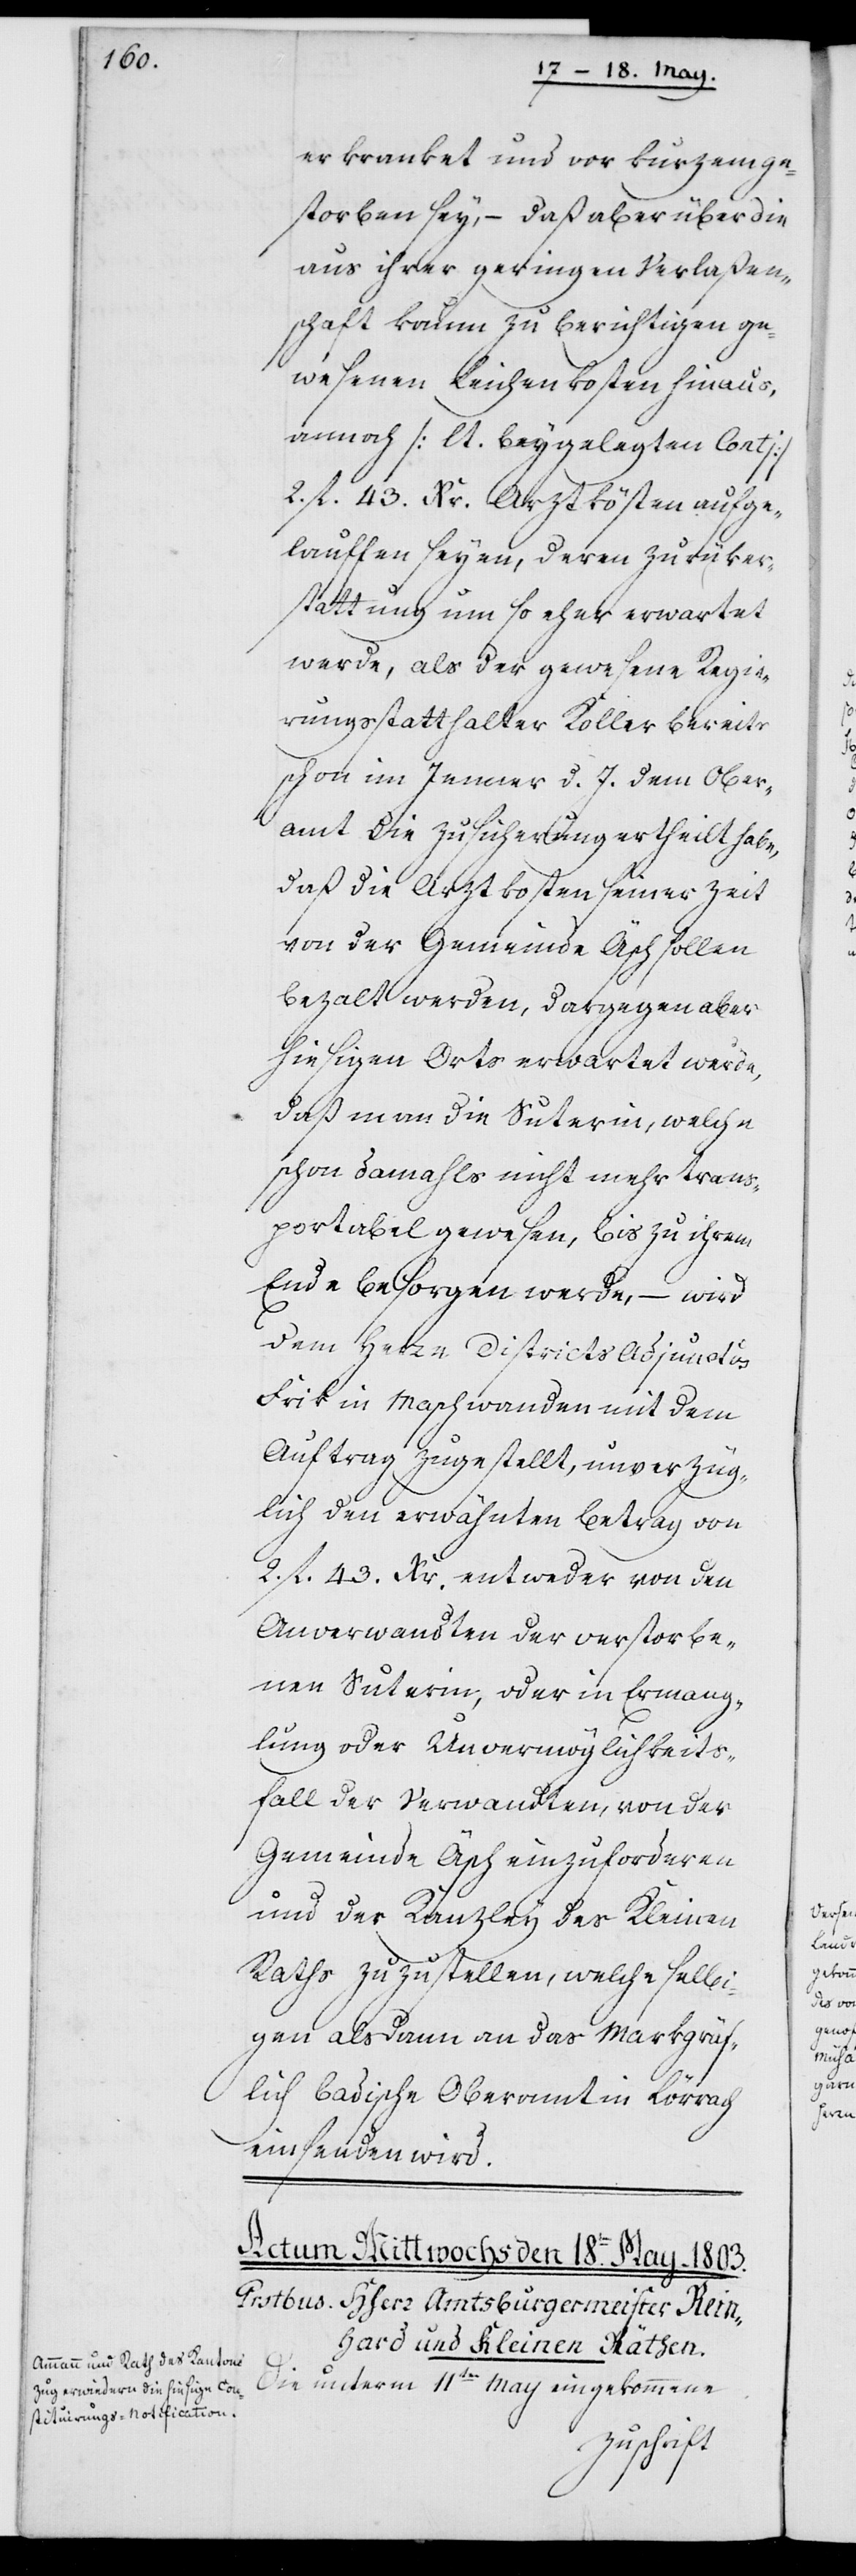
erkranket und vor kurzem ge¬
storben sey, – daß aber über die
aus ihrer geringen Verlaßen¬
schaft kaum zu berichtigen ge¬
wesenen Leichenkosten hinaus
annoch (lt. beygelegten Contj)
2. fl. 43. Xr. Arztkösten aufge¬
lauffen seyen, deren Zurüker¬
stattung um so eher erwartet
werde, als der gewesene Regie¬
rungsstatthalter Koller bereits
schon im Jänner d. J. dem Ober¬
amt die Zusicherung ertheilt habe,
daß die Arztkosten seiner Zeit
von der Gemeinde Äsch sollen
bezalt werden, dargegen aber
hiesigen Orts erwartet werde,
daß man die Suterin, welche
schon damals nicht mehr trans¬
portabel gewesen, bis zu ihrem
Ende besorgen werde, – wird
dem Herrn Districts-Adjunctus
Frik in Maschwanden mit dem
Auftrag zugestellt, unverzüg¬
lich den erwähnten Betrag von
2. fl. 43. Xr. entweder von den
Anverwandten der verstorbe¬
nen Suterin, oder in Ermange¬
lung oder Unvermöglichkeits¬
fall der Verwandten, von der
Gemeinde Äsch einzuforderen
und der Kanzley des Kleinen
Raths zuzustellen, welche selbi¬
gen alsdann an das Markgräf¬
lich badische Oberamt in Lörrach
einsenden wird.
Die unterm 11ten May eingekommene